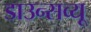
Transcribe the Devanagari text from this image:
डाउन्सव्यू